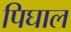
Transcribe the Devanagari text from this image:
पिघाल